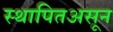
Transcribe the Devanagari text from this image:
स्थापितअसून